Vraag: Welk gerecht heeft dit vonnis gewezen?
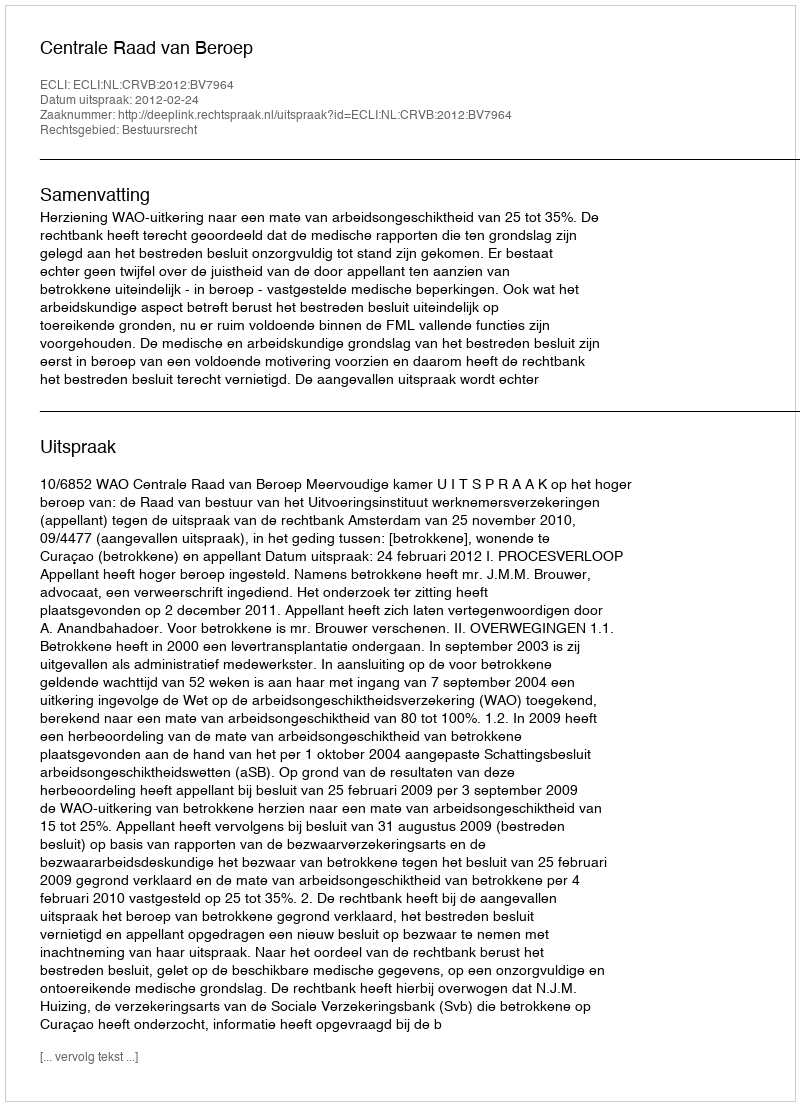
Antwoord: Centrale Raad van Beroep